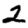
Digit: 2